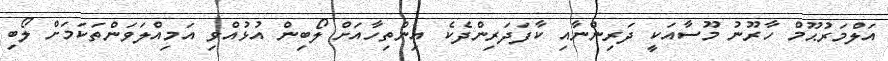
އަލްމަރުޙޫމް ހާރޫނު މޫސާއަކީ ދަރިންނާއި ކާފަދަރިންދެކެ އިންތިހާއަށް ލޯބިން އުޅުއްވި އަމިއްލަވަންތަކަމަށް ލޯބި